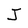
Character: J